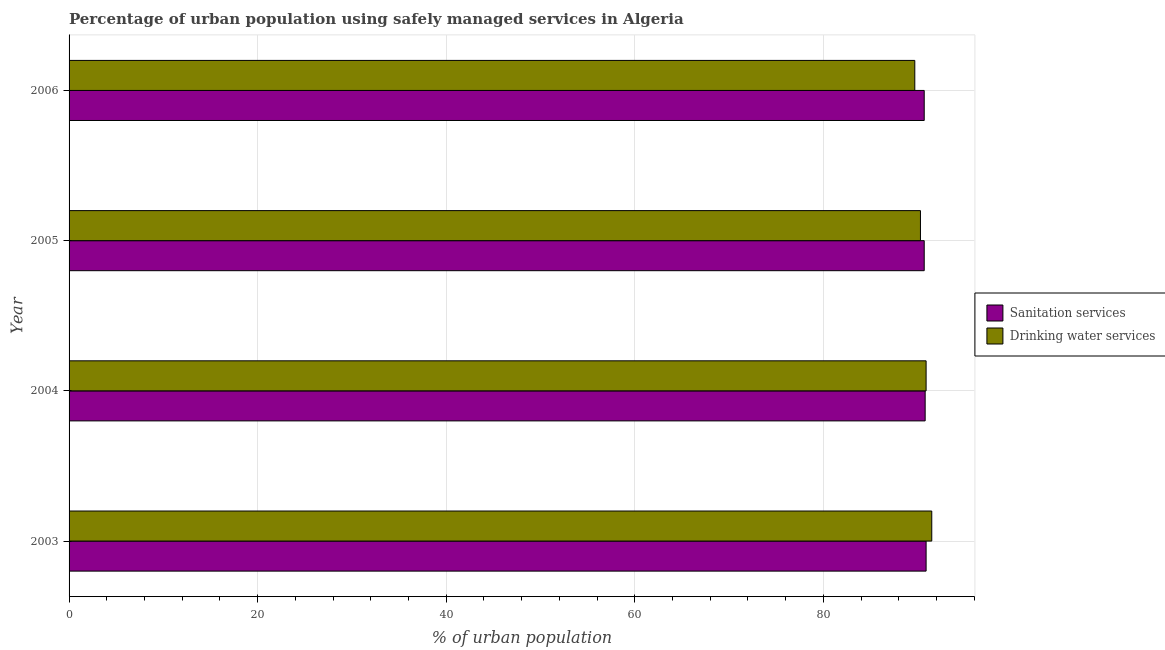
| Year | Sanitation services | Drinking water services |
 | --- | --- | --- |
 | 2003 | 90.9 | 91.5 |
 | 2004 | 90.8 | 90.9 |
 | 2005 | 90.7 | 90.3 |
 | 2006 | 90.7 | 89.7 |